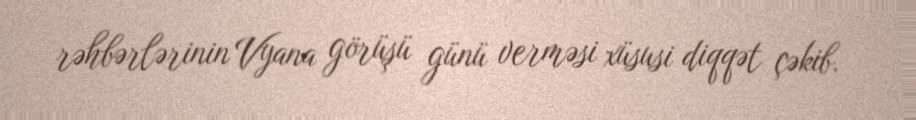
rəhbərlərinin Vyana görüşü günü verməsi xüsusi diqqət çəkib.